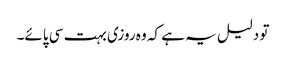
تو دلیل یہ ہے کہ وہ روزی بہت سی پائے۔